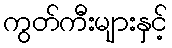
ကွတ်ကီးများနှင့်